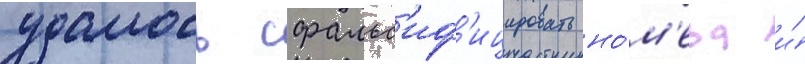
удалось сфальс'иф'ицировать но́м'ера и́